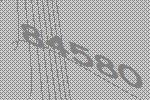
84580